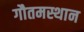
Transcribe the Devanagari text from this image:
गौतमस्थान